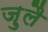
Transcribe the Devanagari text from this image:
ज़ुलै